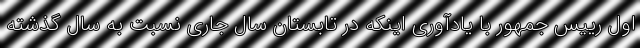
اول رییس جمهور با یادآوری اینکه در تابستان سال جاری نسبت به سال گذشته